Jarvakandi_vallavalitsus, lk 41
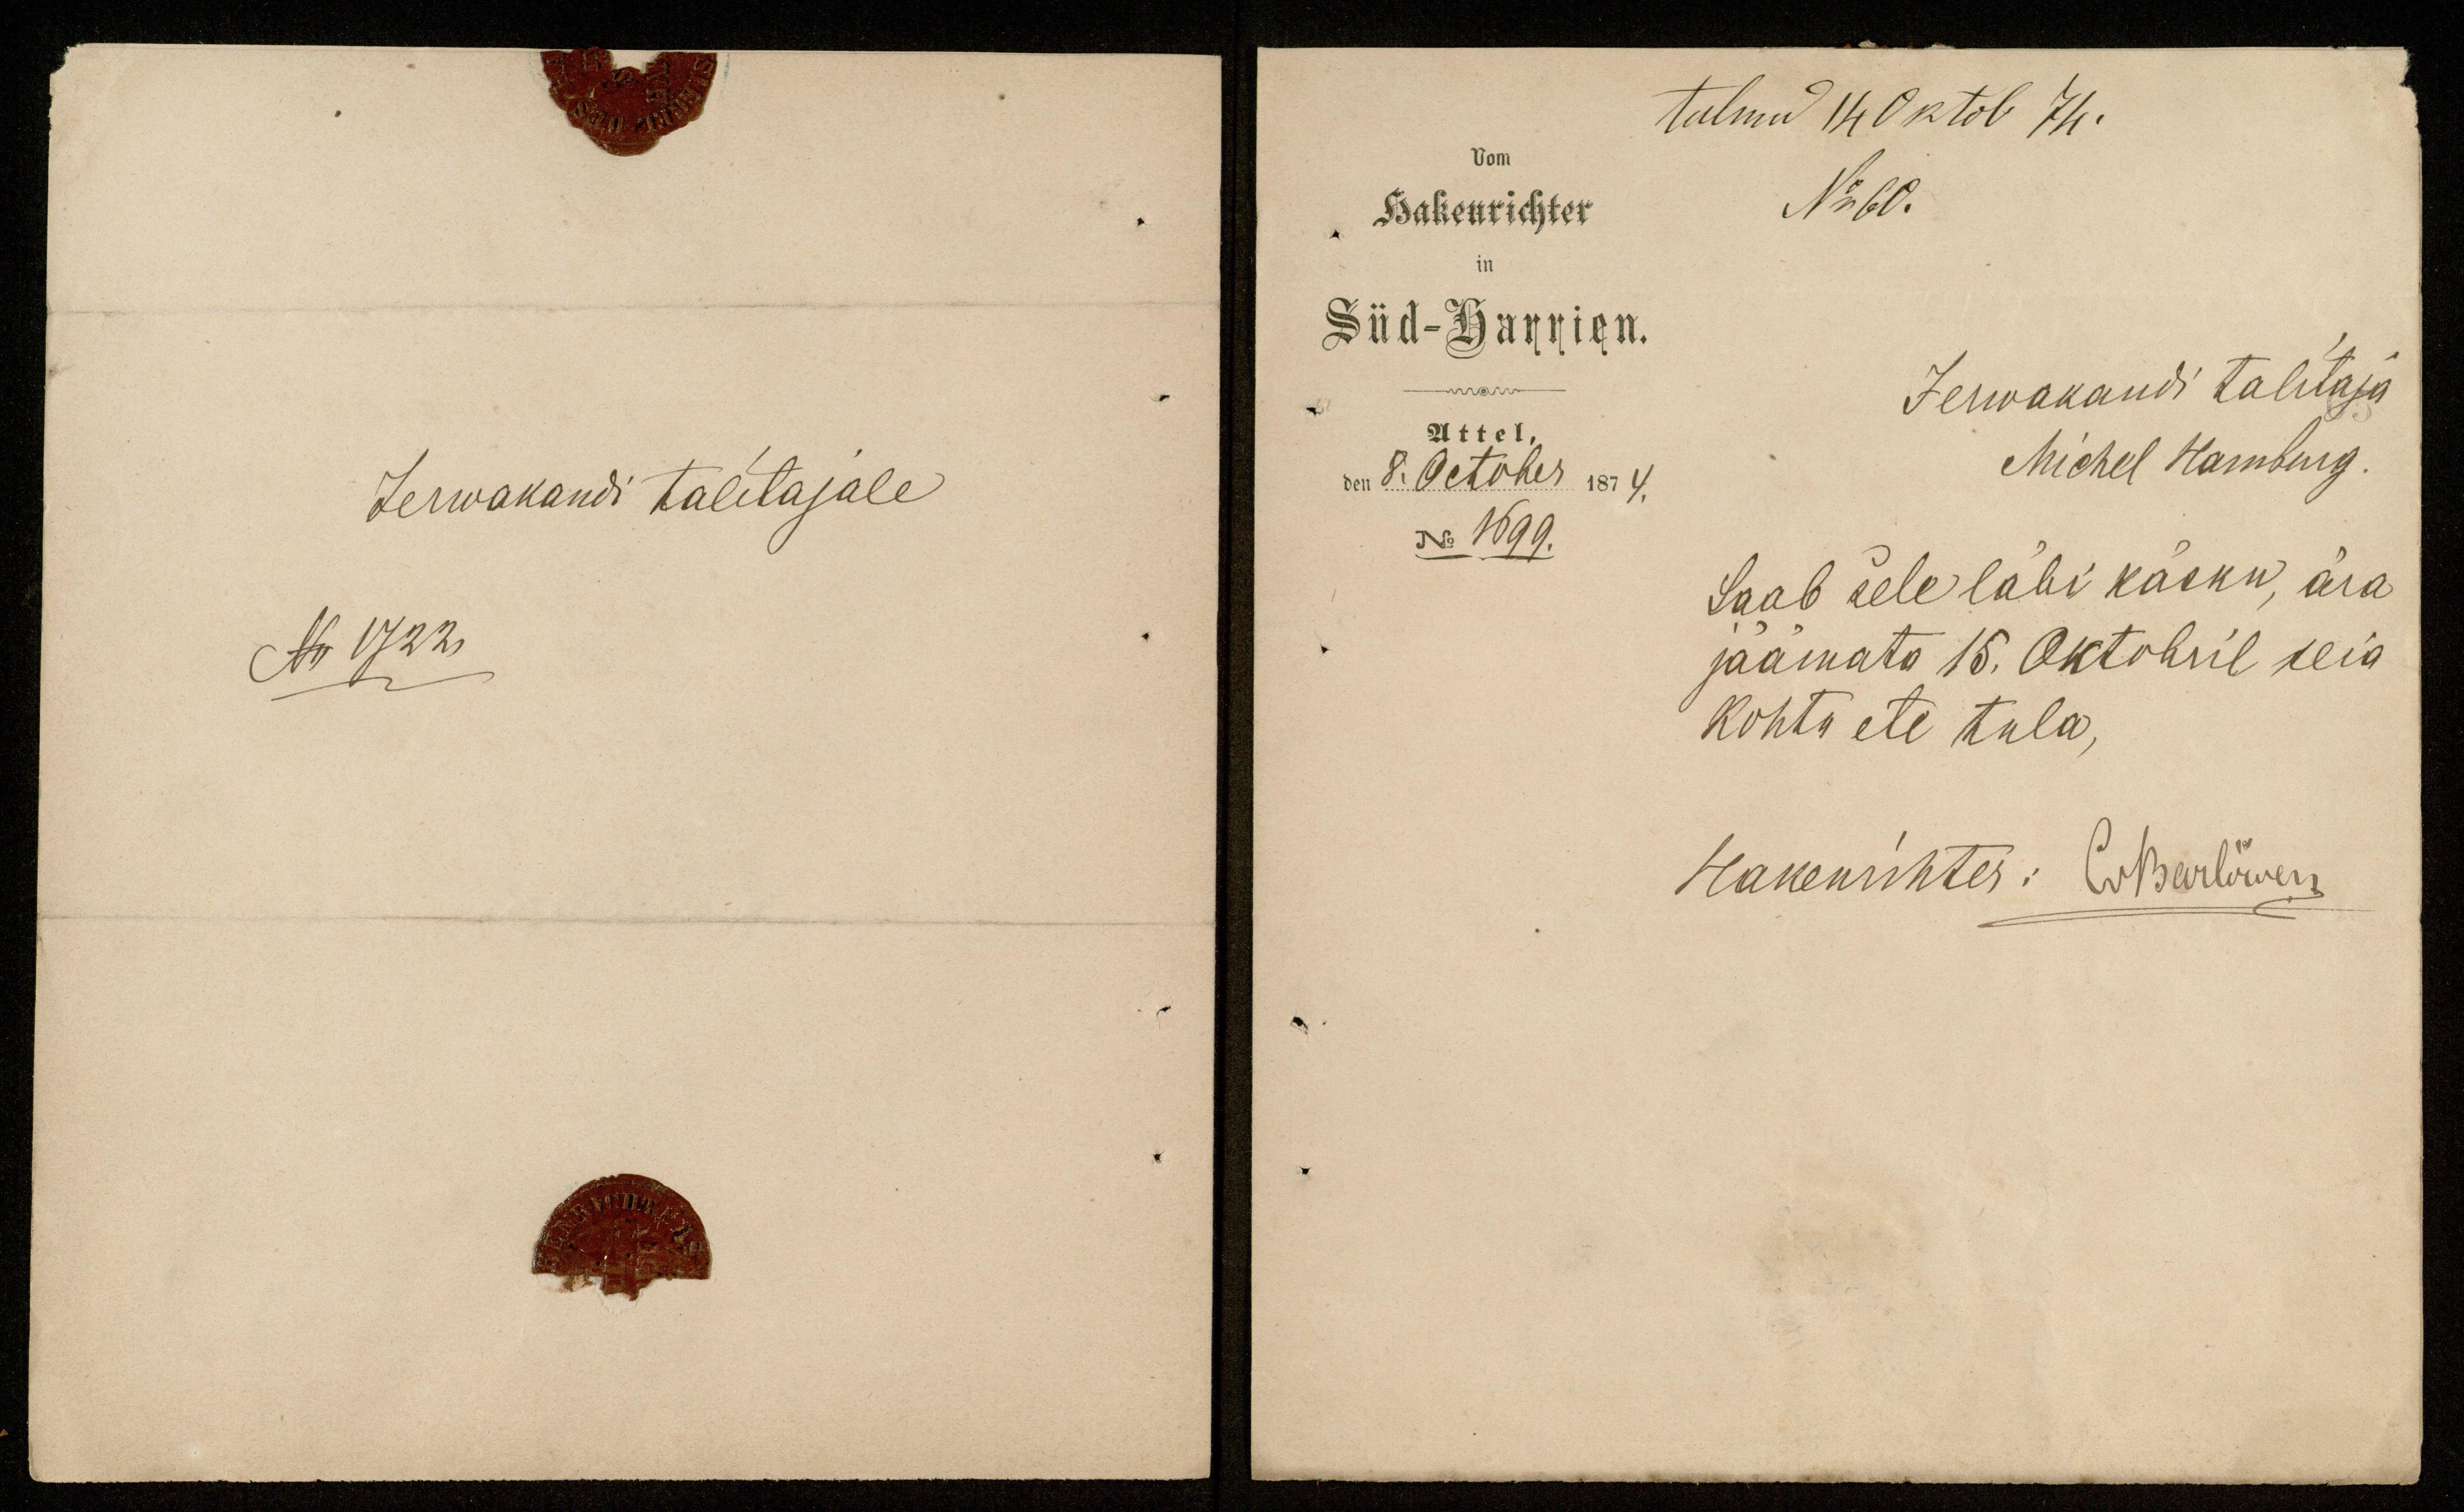
tulnud 14 oktob 74.
Hakenrichter
No 60.
Süd-Harrien.
Jerwakandi talitaja
Attel,
den 8. October 1874.
Michel Hamburg.
No 1699.
Saab sele läbi käsku, ära
jäämata 15. Oktobril seia
kohtu ete tula,
Hakenrichter: CuBerlöwen

Jerwakandi talitajale
No 1722